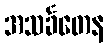
အသင်္ခတေန